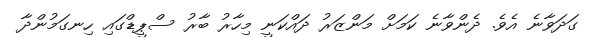
ގަދަވާނެ އެވެ. ދެންވާނެ ކަމަށް މަންޒަރު ދައްކަނީ މިހާރު ބާރު ސްޕީޑްގައި ހިނގަމުންދާ